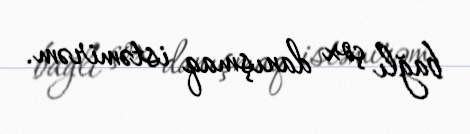
bağlı çox danışmaq istəmirəm.